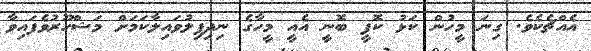
އެއްޗެކެވެ. ގިނަ މީހުން ކަޅު ކޮފީ ބޮނީ އެއީ މީހާގެ ނިދިފިލުވައިލާކަމަށް މަޝްހޫރުވެފައިވާ